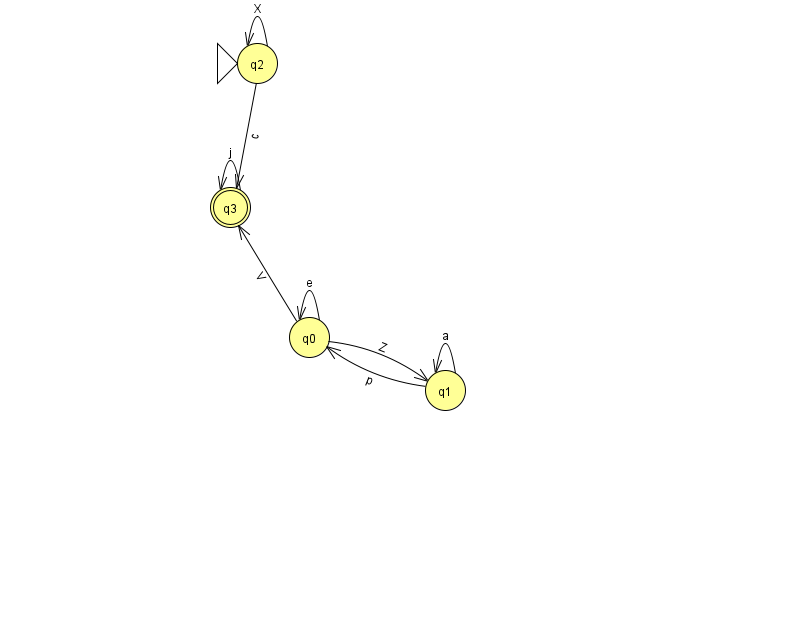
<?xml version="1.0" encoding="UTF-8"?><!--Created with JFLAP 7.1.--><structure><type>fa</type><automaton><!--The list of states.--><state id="0" name="q0"><x>309.0</x><y>324.0</y></state><state id="1" name="q1"><x>445.0</x><y>377.0</y></state><state id="2" name="q2"><x>257.0</x><y>50.0</y><initial/></state><state id="3" name="q3"><x>230.0</x><y>194.0</y><final/></state><!--The list of transitions.--><transition><from>1</from><to>0</to><read>p</read></transition><transition><from>1</from><to>1</to><read>a</read></transition><transition><from>0</from><to>0</to><read>e</read></transition><transition><from>2</from><to>3</to><read>c</read></transition><transition><from>2</from><to>2</to><read>X</read></transition><transition><from>0</from><to>1</to><read>Z</read></transition><transition><from>3</from><to>3</to><read>j</read></transition><transition><from>0</from><to>3</to><read>V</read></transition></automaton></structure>